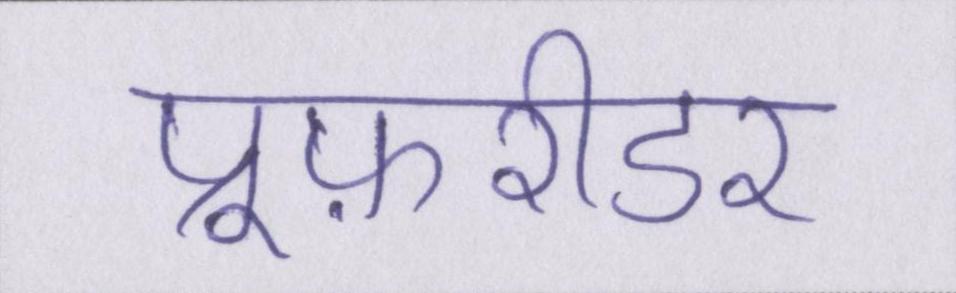
प्रूफ़रीडर